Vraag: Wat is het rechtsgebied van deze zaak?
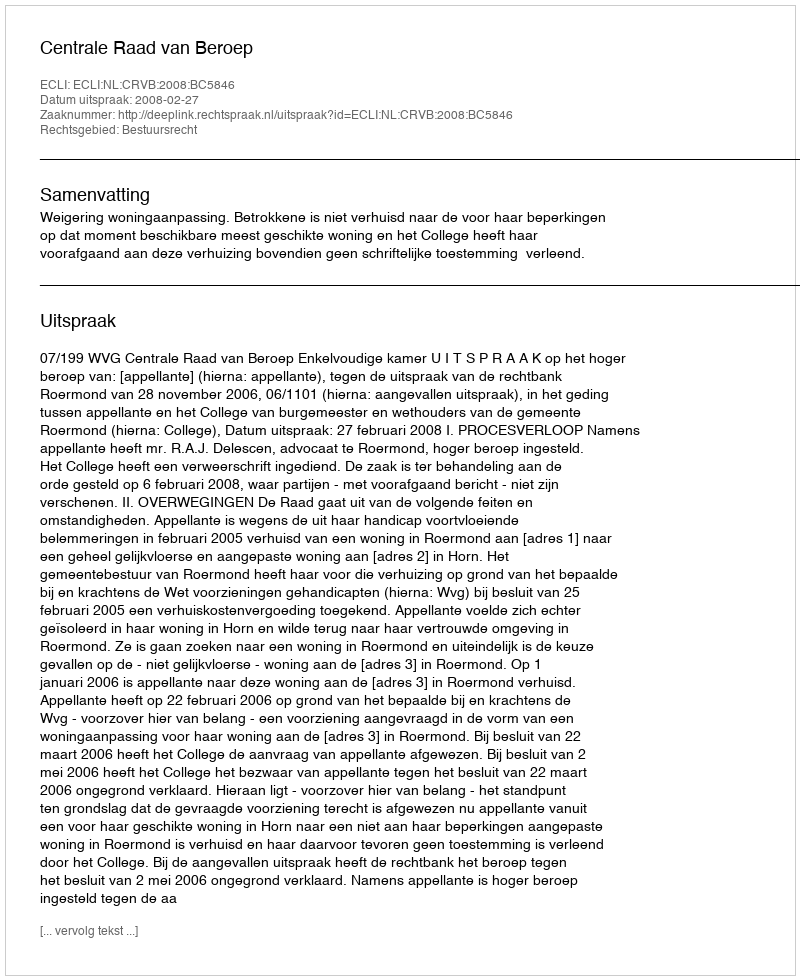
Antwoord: Bestuursrecht